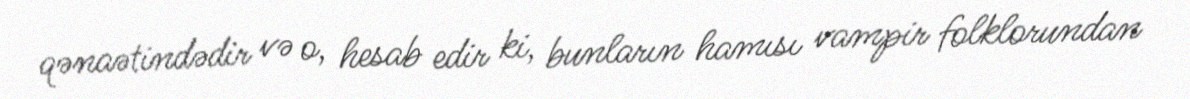
qənaətindədir və o, hesab edir ki, bunların hamısı vampir folklorundan